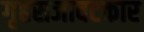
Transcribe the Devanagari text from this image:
गृहसजावटकार